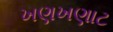
ખણખણાટ